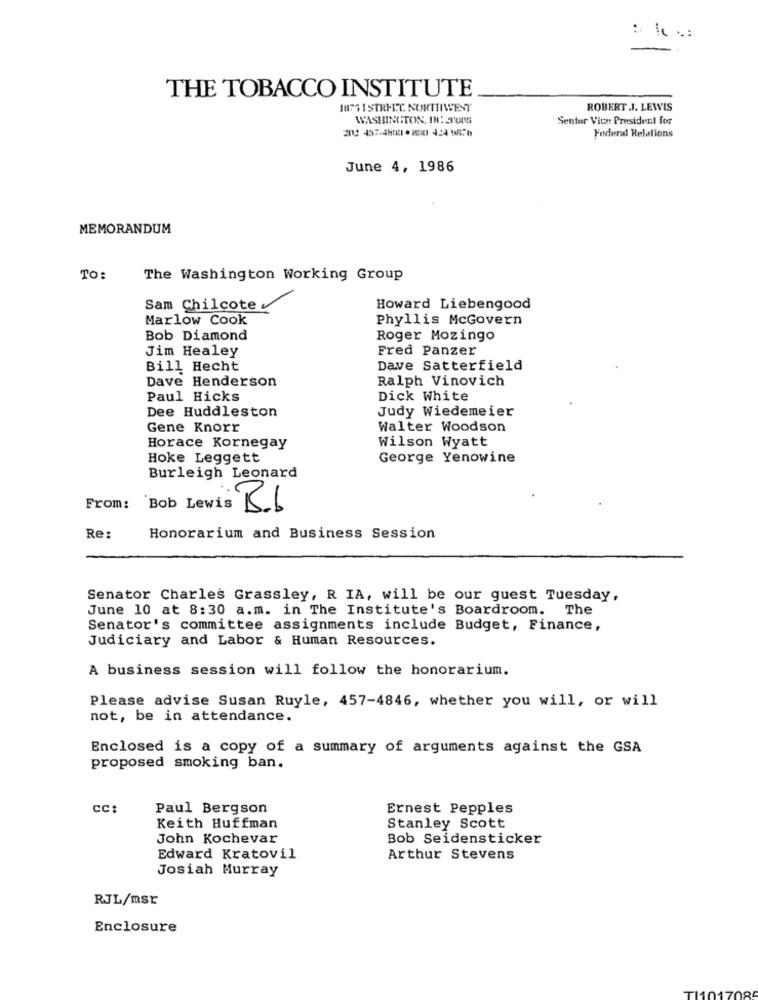
THE TOBACCO INSTITUTE
1876 1 STREET NORTHWEST
ROBERT .J. LEWIS
WASHINGTON. DIE0005
Senior Vice President for
Federal Relations
June 4, 1986
MEMORANDUM
TO:
The Washington Working Group
Sam Chilcote
Howard Liebengood
Marlow Cook
Phyllis McGovern
Bob Diamond
Roger Mozingo
Jim Healey
Fred Panzer
Bill Hecht
Dave Satterfield
Dave Henderson
Ralph Vinovich
Paul Hicks
Dick White
Dee Huddleston
Judy Wiedemeier
Gene Knorr
Walter Woodson
Wilson Wyatt
Horace Kornegay
Hoke Leggett
George Yenowine
Burleigh Leonard
From:
Bob Lewis 5.6
Re:
Honorarium and Business Session
Senator Charles Grassley, R IA, will be our guest Tuesday,
June 10 at 8:30 a.m. in The Institute's Boardroom. The
Senator's committee assignments include Budget, Finance,
Judiciary and Labor & Human Resources.
A business session will follow the honorarium.
Please advise Susan Ruyle, 457-4846, whether you will, or will
not, be in attendance.
Enclosed is a copy of a summary of arguments against the GSA
proposed smoking ban.
cc
Paul Bergson
Ernest Pepples
Keith Huffman
Stanley Scott
John Kochevar
Bob Seidensticker
Edward Kratovil
Arthur Stevens
Josiah Murray
RJL/msr
Enclosure